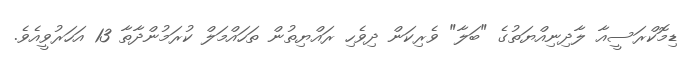
ޑިމޮކްރަސީއާ ލާދިނިއްޔަތުގެ "ބަލާ" ވެރިކަން ދިވެހި ރައްޔިތުން ތަހައްމަލް ކުރަމުންދާތާ 13 އަހަރުވީއެވެ.